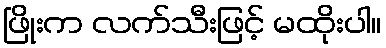
ဖြိုးက လက်သီးဖြင့် မထိုးပါ။